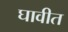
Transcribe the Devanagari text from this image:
घावीत